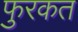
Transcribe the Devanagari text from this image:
फुरकत